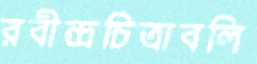
রবীন্দ্রচিত্রাবলি